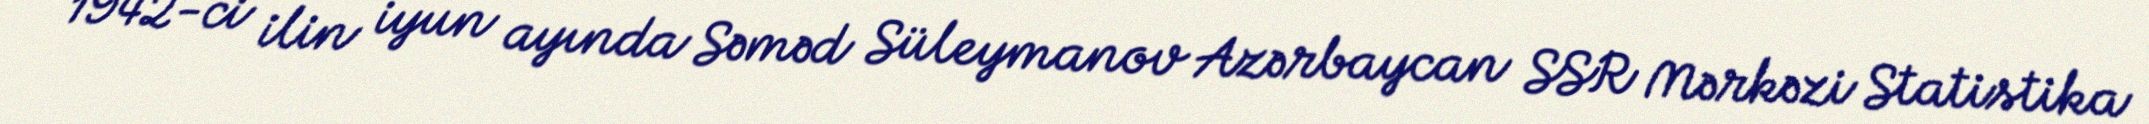
1942-ci ilin iyun ayında Səməd Süleymanov Azərbaycan SSR Mərkəzi Statistika